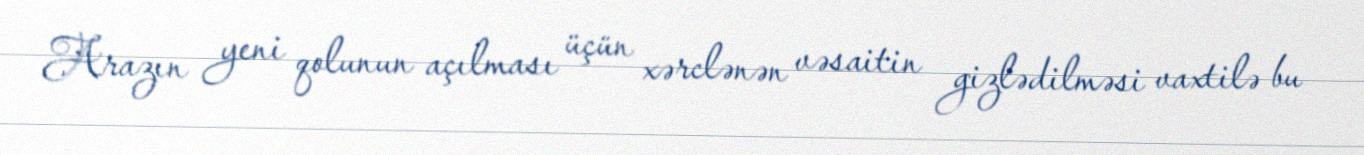
Arazın yeni qolunun açılması üçün xərclənən vəsaitin gizlədilməsi vaxtilə bu